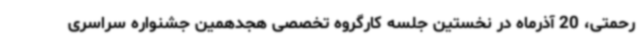
رحمتی، 20 آذرماه در نخستین جلسه کارگروه تخصصی هجدهمین جشنواره سراسری